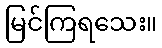
မြင်ကြရသေး။